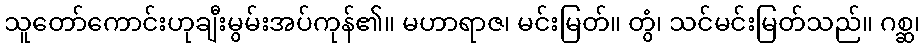
သူတော်ကောင်းဟုချီးမွမ်းအပ်ကုန်၏။ မဟာရာဇ၊ မင်းမြတ်။ တွံ၊ သင်မင်းမြတ်သည်။ ဂစ္ဆ၊